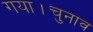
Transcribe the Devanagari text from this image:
गया।चुनाव